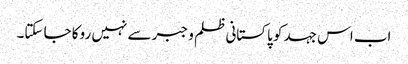
اب اس جہد کو پاکستانی ظلم و جبر سے نہیں روکا جا سکتا۔